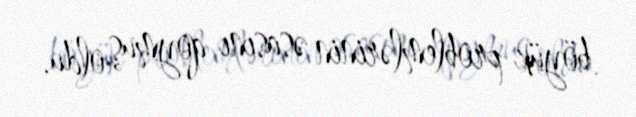
böyük problemlərinin əsasını qoymuş oldu.